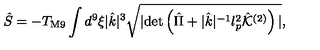
{ \hat { S } } = - T _ { \mathrm { M 9 } } \int d ^ { 9 } \xi | { \hat { k } } | ^ { 3 } \sqrt { | \mathrm { d e t } \left( { \hat { \Pi } } + | { \hat { k } } | ^ { - 1 } l _ { p } ^ { 2 } { \hat { \cal K } } ^ { ( 2 ) } \right) | } , \,